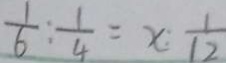
\frac { 1 } { 6 } : \frac { 1 } { 4 } = x : \frac { 1 } { 1 2 }